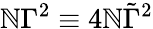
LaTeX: \mathbb{N}{\Gamma}^{2}\equiv4\mathbb{N}\tilde{{\Gamma}}^{2}